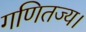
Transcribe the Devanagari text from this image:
गणितज्य।